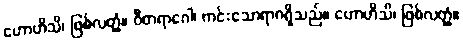
ဟောဟိသိ၊ ဖြစ်လတ္တံ့။ ဝီတရာဂေါ၊ ကင်းသောရာဂရှိသည်။ ဟောဟိသိ၊ ဖြစ်လတ္တံ့။